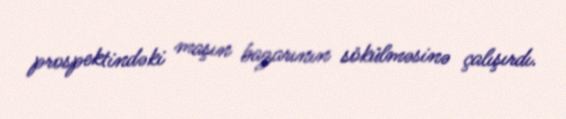
prospektindəki maşın bazarının sökülməsinə çalışırdı.